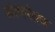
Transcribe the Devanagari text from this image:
संरचनेतच